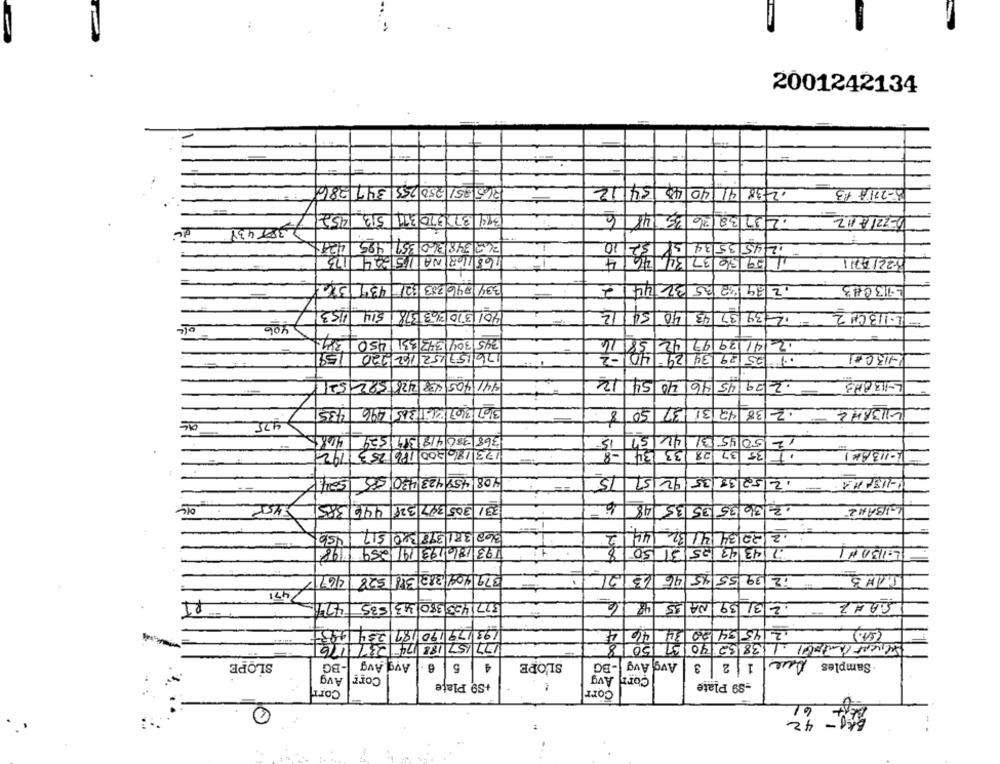
2001242134
265 851 250 255 341 286
34/12
1238 41 40 48
3-2714 13
6
237 38 26 35 148
452
513
384 1375 370 371
D-221A112
2387438
421
269 348 360 351 495
10
2453534 39 52
1 29 36 32 34.46
123
168 168 NA 1524
4
32214711
334 046 283 621 434 36
1239/02/35 32 44
L713CH3
1153
401 370 363 378 514
54/12
40
39 37 43 40 54112
L.11BCH 2
106
345 304 343 83 450 34
5814
413997 42
159
176 157 152 162 220
25293429-40-2
441 405 438 226 1582 52
·2/29 45 46 40 54 12
L-113893
435
367 367 26 365 496
12/38 42 31 37 50 8
4.75
5045 31
368 380 418 314 1529
42157 15
12
192
123 186 200 176 253
133 34
35 37 28
-113AM1
12 52 38 35 92 51 15
504/7
408 458423 430158
2-113/ 11
231 305 347 327 446 385
12 36/35 35 35 48
DIE
SIBAHZ
362 3811398 380 517
2
12/ 22/34 41 32 44
193 186 193 14 259
50
743 4325131
5:1130H1
4671
28
379 404 382 318
12/39 55 45 46 6312
471
R1
421=
377 423 380 483 1585
48 16
2 3 39 NA 35
193 179 170 187 234 193
4
44
2 45 34 52 34
177157 188 174 237 176
37 150 8
WIERT PARTE1. 1 138 32. 40
SLOPE
-BG
Avg Avg
6
5
4
SL'OPE
-BG
Avg Avg -BG
1 2 3
. Samples
Avg
Corr
Corr Avg
+S9 Plate
-39 Plate
Corr
Corr